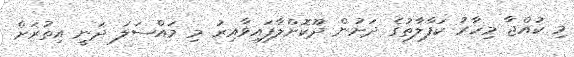
މި ކުއްޖާ މިހާރު ކަފާލާތުގެ ދަށުން ދޫކޮށްލާފައިވާއިރު މި މައްސަލަ ދަނީ އިތުރަށް